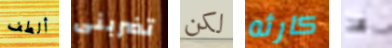
ألطف تضربنى لكن كارثه هذا